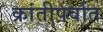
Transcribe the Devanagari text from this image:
क्रांतीपर्वात